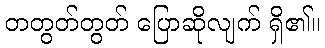
တတွတ်တွတ် ပြောဆိုလျက် ရှိ၏။